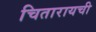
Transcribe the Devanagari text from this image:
चितारायची